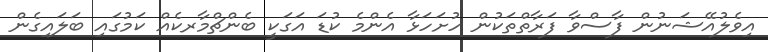
އިވެލުއޭޝަނުން ފާސްވާ ފަރާތްތަކުން ހުށަހަޅާ އެންމެ ކުޑަ އަގަކީ ބެންޗްމާރކެއް ކަމުގައި ބަލައިގެން